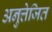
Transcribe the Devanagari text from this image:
अनुत्तेजित